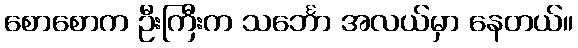
စောစောက ဦးကြီးက သင်္ဘော အလယ်မှာ နေတယ်။